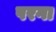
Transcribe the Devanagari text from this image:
परगा